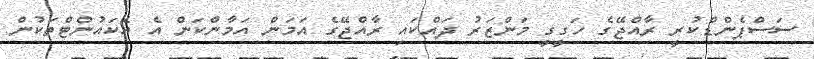
ސަސްޕެންޑްކުރީ ރާއްޖޭގެ ހަގީގީ މަންޒަރު ދައްކައި ރާއްޖޭގެ އަމަން އަމާންކަން އެ އެކައުންޓްތަކުން